Plague in India, 1896, 1897 - Volume 1
Year: 1896
Disease focus: Plague
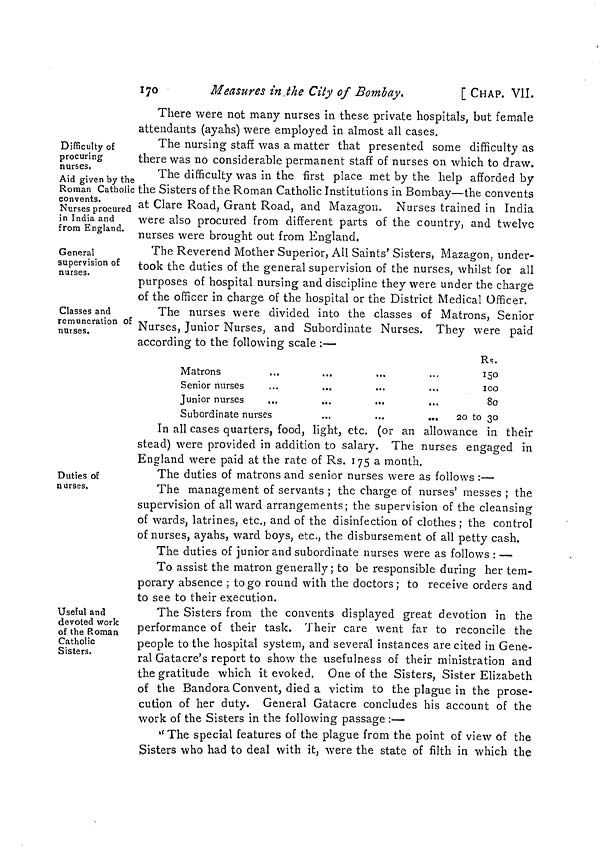
170
Measures in the City of Bombay.
[ CHAP. VII.
There were not many nurses in these private hospitals, but female
attendants (ayahs) were employed in almost all cases.
Difficulty of
procuring
nurses.
The nursing staff was a matter that presented some difficulty as
there was no considerable permanent staff of nurses on which to draw.
Aid given by the
Roman Catholic
convents.
Nurses procured
in India and
from England.
The difficulty was in the first place met by the help afforded by
the Sisters of the Roman Catholic Institutions in Bombay—the convents
at Clare Road, Grant Road, and Mazagon. Nurses trained in India
were also procured from different parts of the country, and twelve
nurses were brought out from England.
General
supervision of
nurses.
The Reverend Mother Superior, All Saints' Sisters, Mazagon, under-
took the duties of the general supervision of the nurses, whilst for all
purposes of hospital nursing and discipline they were under the charge
of the officer in charge of the hospital or the District Medical Officer.
Classes and
remuneration of
nurses.
The nurses were divided into the classes of Matrons, Senior
Nurses, Junior Nurses, and Subordinate Nurses. They were paid
according to the following scale :—
Matrons
Senior nurses
Junior nurses
...
Subordinate nurses
Rs.
150
100
80
20 to 30
In all cases quarters, food, light, etc. (or an allowance in their
stead) were provided in addition to salary. The nurses engaged in
England were paid at the rate of Rs. 175 a month.
Duties of
nurses.
The duties of matrons and senior nurses were as follows :—
The management of servants ; the charge of nurses' messes ; the
supervision of all ward arrangements; the supervision of the cleansing
of wards, latrines, etc., and of the disinfection of clothes ; the control
of nurses, ayahs, ward boys, etc., the disbursement of all petty cash.
The duties of junior and subordinate nurses were as follows : —
To assist the matron generally ; to be responsible during her tem-
porary absence ; to go round with the doctors ; to receive orders and
to see to their execution.
Useful and
devoted work
of the Roman
Catholic
Sisters.
The Sisters from the convents displayed great devotion in the
performance of their task. Their care went far to reconcile the
people to the hospital system, and several instances are cited in Gene-
ral Gatacre's report to show the usefulness of their ministration and
the gratitude which it evoked. One of the Sisters, Sister Elizabeth
of the Bandora Convent, died a victim to the plague in the prose-
cution of her duty. General Gatacre concludes his account of the
work of the Sisters in the following passage :—
"The special features of the plague from the point of view of the
Sisters who had to deal with it, were the state of filth in which the